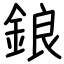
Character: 鋃